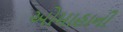
ઓમાહાની